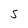
Character: S